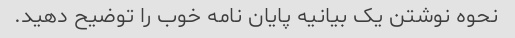
نحوه نوشتن یک بیانیه پایان نامه خوب را توضیح دهید.